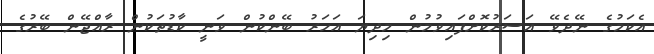
އެކަމުގެ ނޭދެވޭ އަސަރުކޮށްފައިވުމުން މިދިޔަ އަހަރު ބޭންކުން ވަނީ ކާޑުތަކުން ރާއްޖޭން ބޭރުގެ